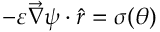
- \varepsilon \Vec { \nabla } \psi \cdot \hat { r } = \sigma ( \theta )